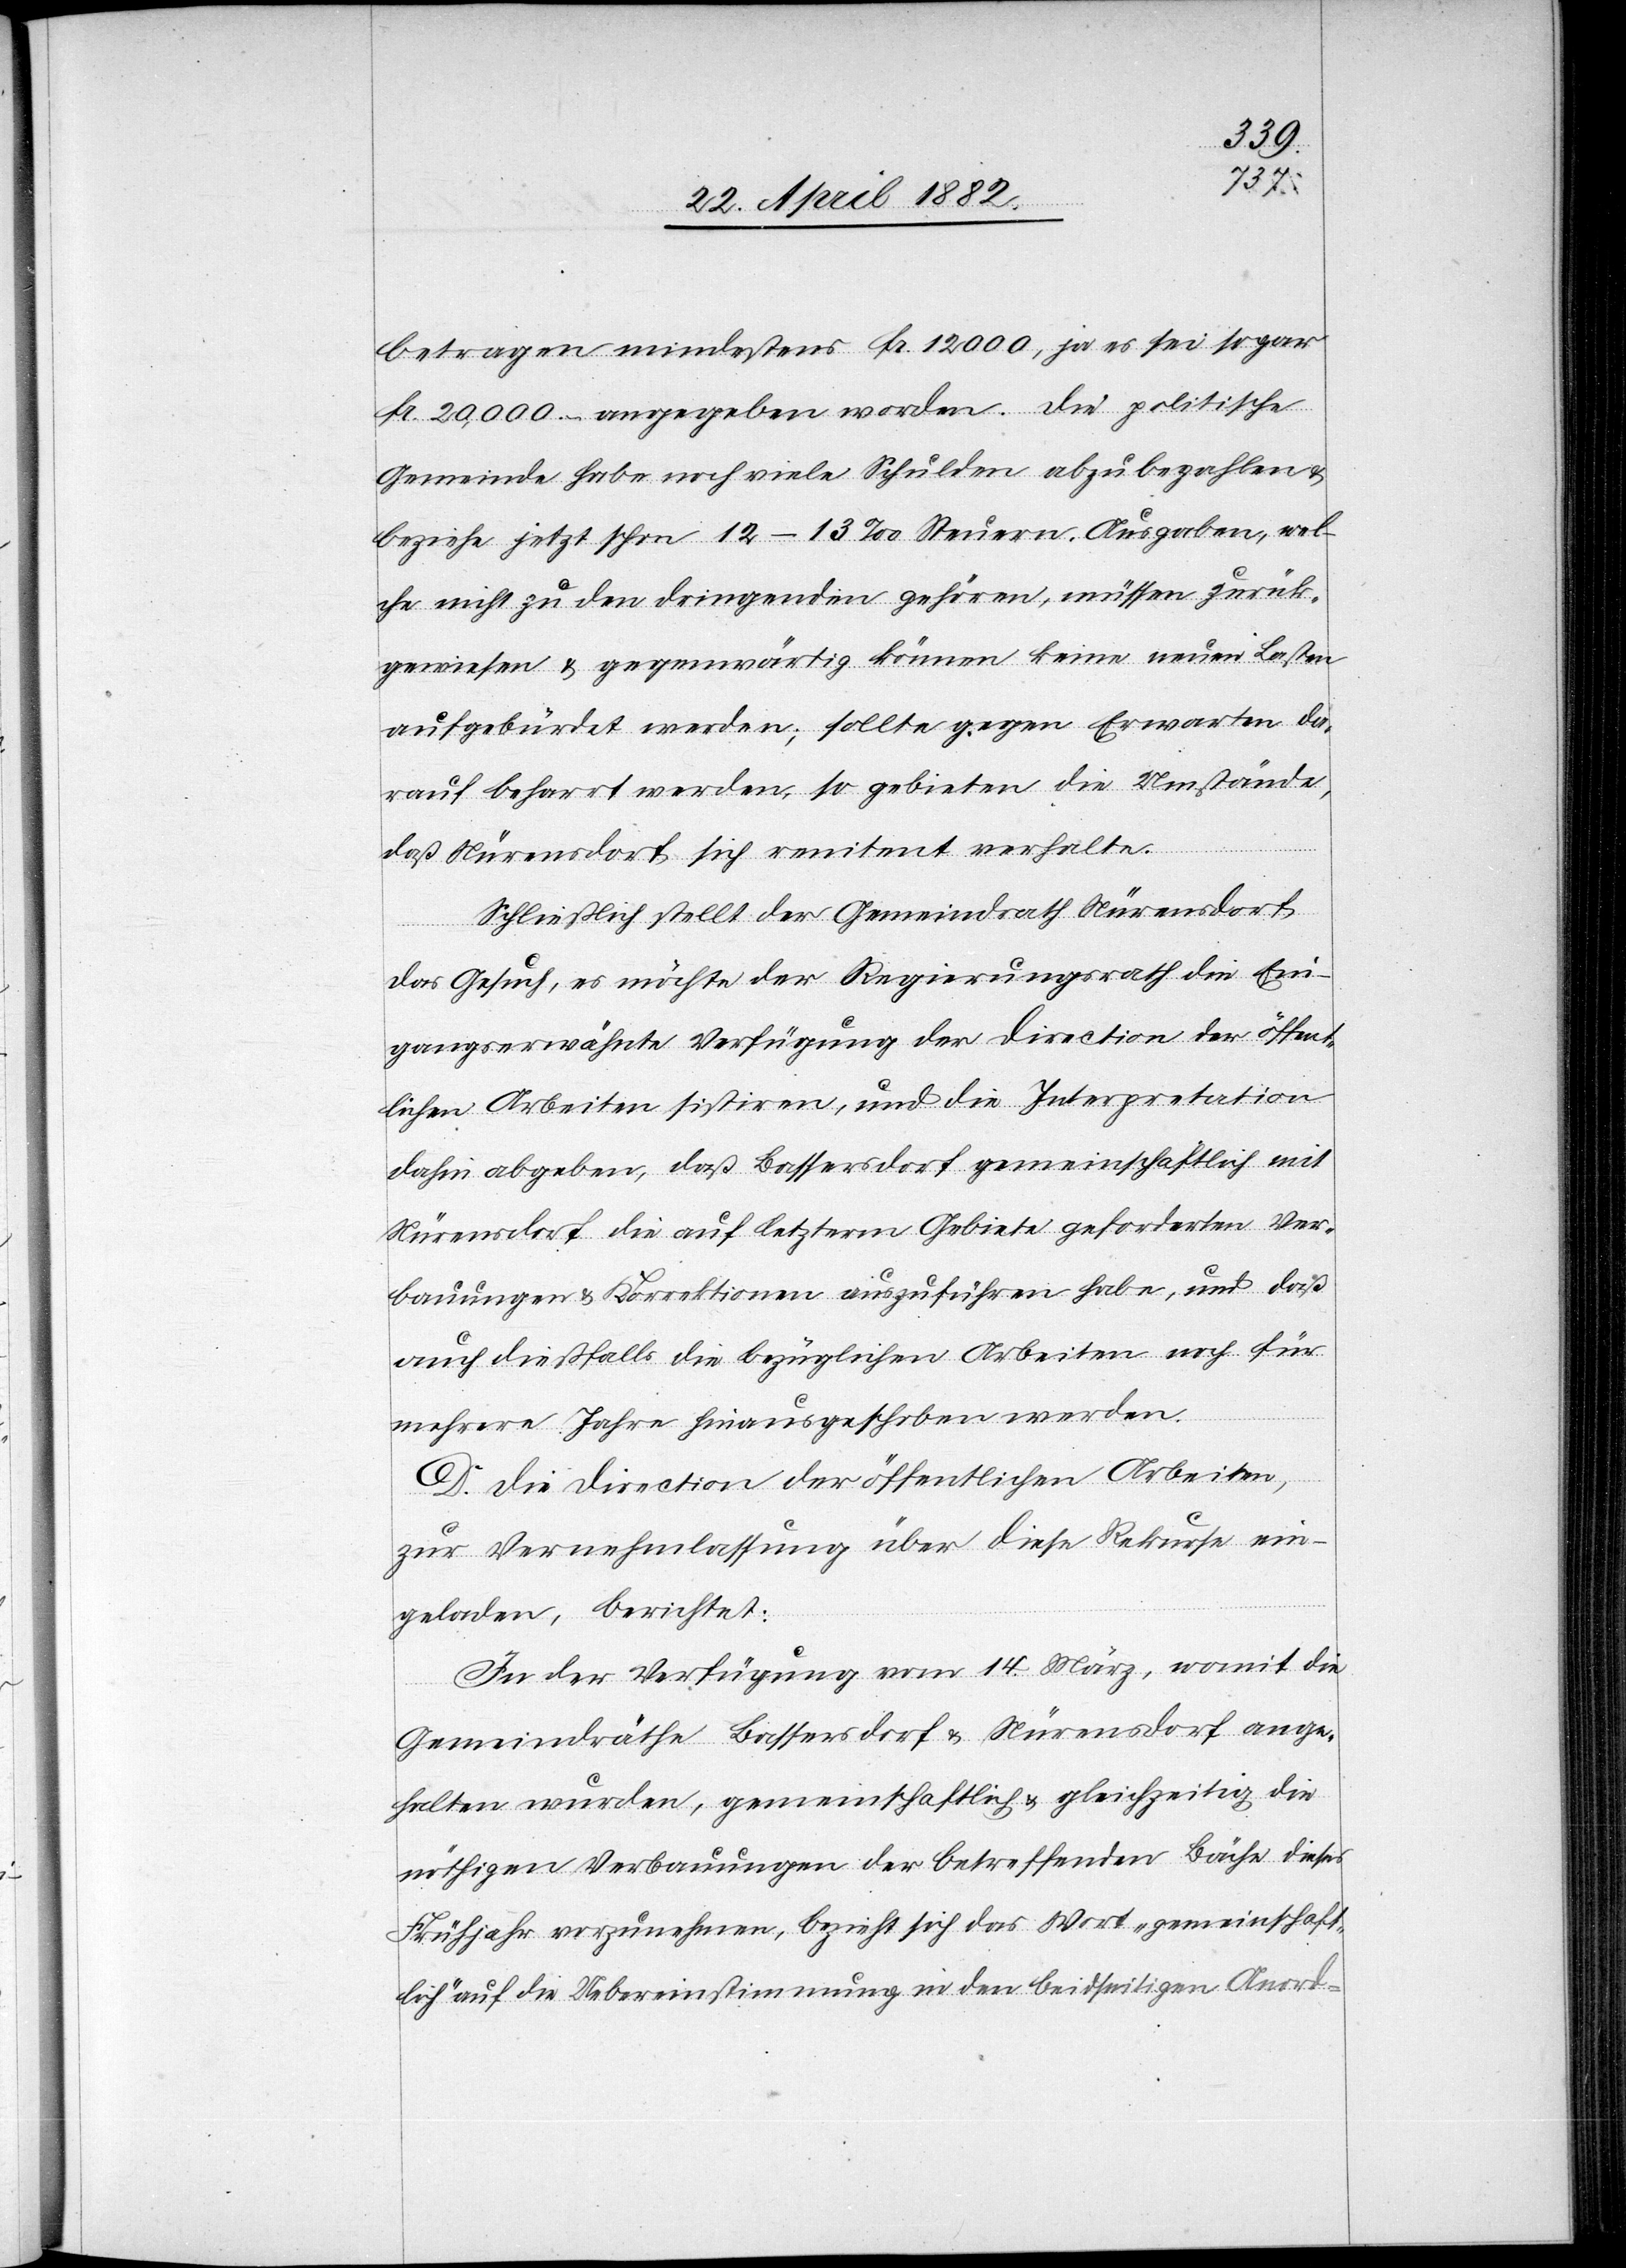
betragen mindestens Fr. 12 000, ja es sei sogar
Fr. 20,000.– angegeben worden. Die politische
Gemeinde habe noch viele Schulden abzubezahlen &
beziehe jetzt schon 12–13‰ Steuern. Ausgaben, wel¬
che nicht zu den dringenden gehören, müssen zurück¬
gewiesen & gegenwärtig können keine neuen Lasten
ausgebürdet werden; sollte gegen Erwarten da¬
rauf beharrt werden, so gebieten die Umstände,
daß Nürensdorf sich renitent verhalte.
Schließlich stellt der Gemeindrath Nürensdorf
das Gesuch, es möchte der Regierungsrath die Ein¬
gangserwähnte Verfügung der Direction der öffent¬
lichen Arbeiten sistiren, und die Interpretation
dahin abgeben, daß Bassersdorf gemeinschaftlich mit
Nürensdorf die auf letzterm Gebiete geforderten Ver¬
bauungen & Korrektion auszuführen habe, und daß
auch dießfalls die bezüglichen Arbeiten noch für
mehrere Jahre hinausgeschoben werden.
D. Die Direction der öffentlichen Arbeiten
zur Vernehmlassung über diese Rekurse ein¬
geladen, berichtet:
In der Verfügung vom 14. März, womit die
Gemeindräthe Bassersdorf & Nürensdorf ange¬
halten wurden, gemeinschaftlich & gleichzeitig die
nöthigen Verbauungen der betreffenden Bäche dieses
Frühjahr vorzunehmen, bezieht sich das Wort „gemeinschaft¬
lich“ auf die Uebereinstimmung in den beidseitigen Anord-